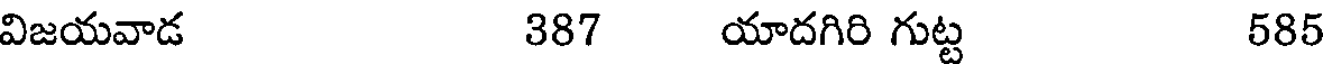
విజయవాడ 387 యాదగిరి గుట్ట 585